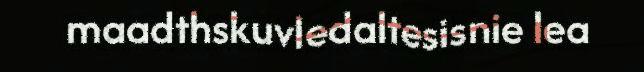
maadthskuvledaltesisnie lea